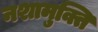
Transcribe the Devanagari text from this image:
नशामुक्ति